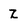
Character: Z